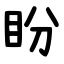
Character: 盼